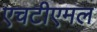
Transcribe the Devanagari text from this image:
एचटीएमल